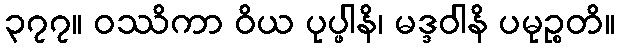
၃၇၇။ ဝဿိကာ ဝိယ ပုပ္ဖါနိ၊ မဒ္ဒဝါနိ ပမုဉ္စတိ။